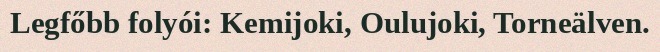
Legfőbb folyói: Kemijoki, Oulujoki, Torneälven.